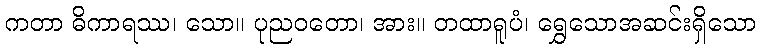
ကတာ ဓိကာရဿ၊ သော။ ပုညဝတော၊ အား။ တထာရူပံ၊ ရွှေသောအဆင်းရှိသော